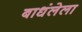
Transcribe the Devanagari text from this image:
बाधंलेला